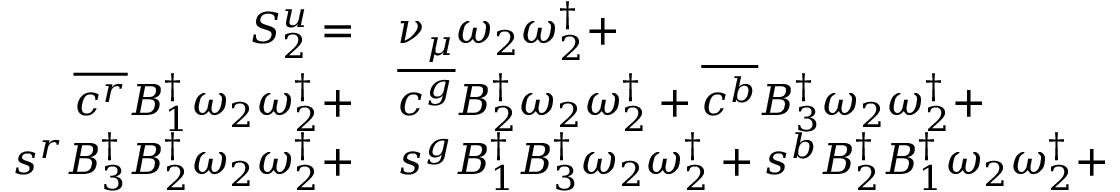
\begin{array} { r l } { S _ { 2 } ^ { u } = } & { { } { \nu _ { \mu } } \omega _ { 2 } \omega _ { 2 } ^ { \dagger } + } \\ { \overline { { c ^ { r } } } { B _ { 1 } ^ { \dagger } } \omega _ { 2 } \omega _ { 2 } ^ { \dagger } + } & { { } \overline { { c ^ { g } } } { B _ { 2 } ^ { \dagger } } \omega _ { 2 } \omega _ { 2 } ^ { \dagger } + \overline { { c ^ { b } } } { B _ { 3 } ^ { \dagger } } \omega _ { 2 } \omega _ { 2 } ^ { \dagger } + } \\ { s ^ { r } { B _ { 3 } ^ { \dagger } } { B _ { 2 } ^ { \dagger } } \omega _ { 2 } \omega _ { 2 } ^ { \dagger } + } & { { } s ^ { g } { B _ { 1 } ^ { \dagger } } { B _ { 3 } ^ { \dagger } } \omega _ { 2 } \omega _ { 2 } ^ { \dagger } + s ^ { b } { B _ { 2 } ^ { \dagger } } { B _ { 1 } ^ { \dagger } } \omega _ { 2 } \omega _ { 2 } ^ { \dagger } + } \end{array}